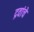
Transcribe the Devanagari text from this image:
द्रवांचे